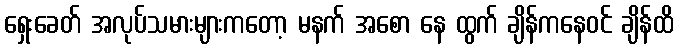
ရှေးခေတ် အလုပ်သမားများကတော့ မနက် အစော နေ ထွက် ချိန်ကနေဝင် ချိန်ထိ